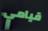
قيامي